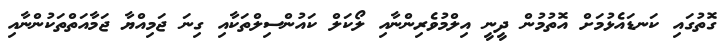
ގޮތުގައި ކަނޑައެޅުމަށް އޮތުމުން ދީނީ އިލްމުވެރިންނާއި ލޯކަލް ކައުންސިލްތަކާއި ގިނަ ޖަމިއްޔާ ޖަމާއަތްތަކުންނާއި